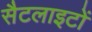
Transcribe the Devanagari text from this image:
सैटलाइटों